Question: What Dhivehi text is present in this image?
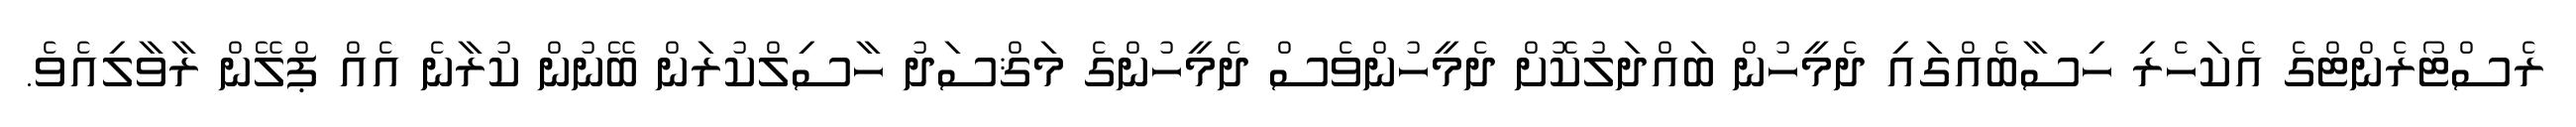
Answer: ރެސްޓޯރެންޓްގެ އެކަހެރި ހިސާބެއްގައި ދެމީހުން ބައްދަލުކޮށް ދެމީހުންވެސް ދެމީހުންގެ މަޤްސަދު ހާސިލްކުރަން ބޭނުން ކުރާނެ އެއް ޕްލޭން ރާވާލިއެވެ.